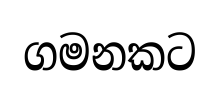
ගමනකට